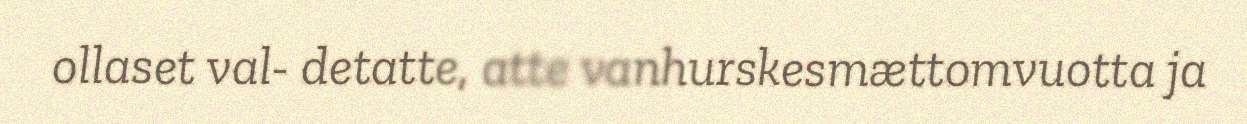
ollaset val- detatte, atte vanhurskesmættomvuotta ja